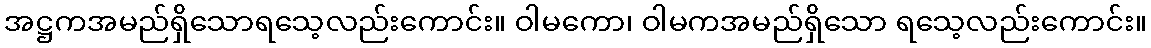
အဋ္ဌကအမည်ရှိသောရသေ့လည်းကောင်း။ ဝါမကော၊ ဝါမကအမည်ရှိသော ရသေ့လည်းကောင်း။